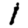
Digit: 1